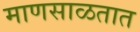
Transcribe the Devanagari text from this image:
माणसाळतात